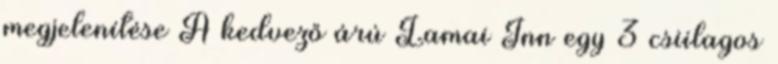
megjelenítése A kedvező árú Lamai Inn egy 3 csiilagos